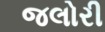
જલોરી